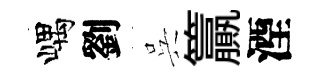
嵎劉呉籯湮